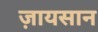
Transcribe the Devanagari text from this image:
ज़ायसान